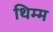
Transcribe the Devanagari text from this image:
थिम्म